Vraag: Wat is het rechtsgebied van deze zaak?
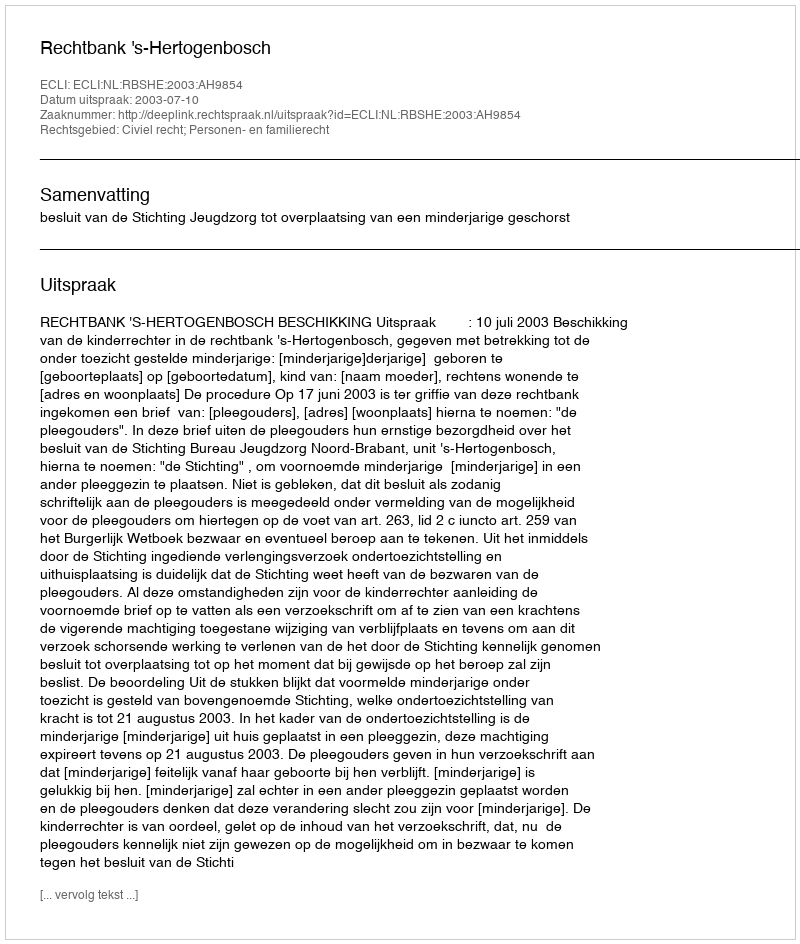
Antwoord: Civiel recht; Personen- en familierecht